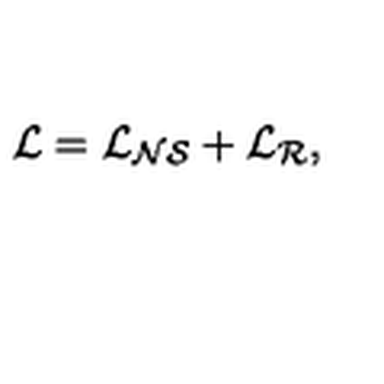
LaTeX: \cal { L } = \cal { L } _ { N S } + \cal { L } _ { R } ,